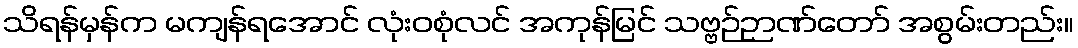
သိရန်မှန်က မကျန်ရအောင် လုံးဝစုံလင် အကုန်မြင် သဗ္ဗဉ်ဉာဏ်တော် အစွမ်းတည်း။